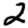
Digit: 2